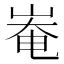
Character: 𡹛